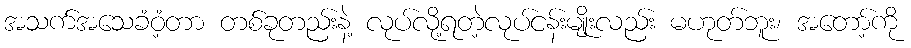
အသက်အသေခံဝံ့တာ တစ်ခုတည်းနဲ့ လုပ်လို့ရတဲ့လုပ်ငန်းမျိုးလည်း မဟုတ်ဘူး၊ အတော့်ကို